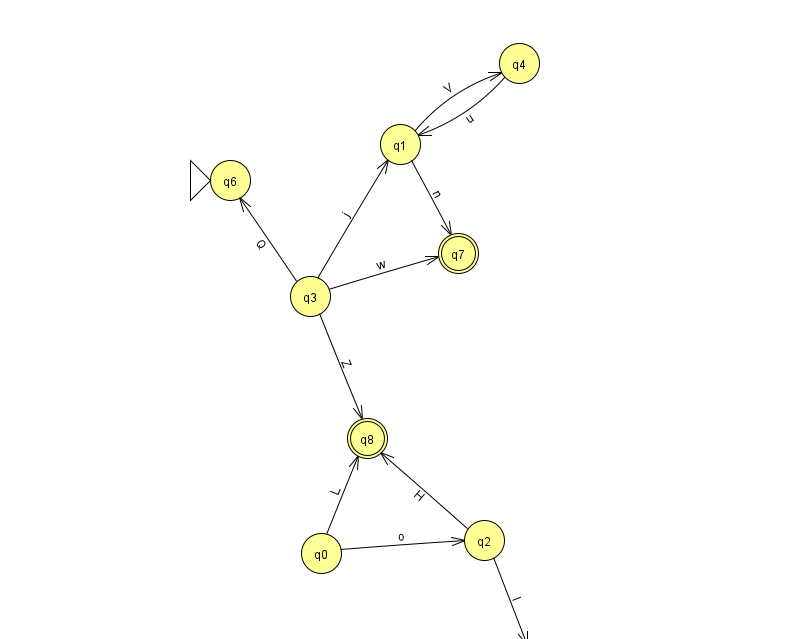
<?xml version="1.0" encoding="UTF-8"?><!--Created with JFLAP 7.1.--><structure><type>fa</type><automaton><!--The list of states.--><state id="0" name="q0"><x>321.0</x><y>540.0</y></state><state id="1" name="q1"><x>400.0</x><y>131.0</y></state><state id="2" name="q2"><x>484.0</x><y>527.0</y></state><state id="3" name="q3"><x>310.0</x><y>283.0</y></state><state id="4" name="q4"><x>519.0</x><y>50.0</y></state><state id="5" name="q5"><x>531.0</x><y>651.0</y></state><state id="6" name="q6"><x>230.0</x><y>167.0</y><initial/></state><state id="7" name="q7"><x>458.0</x><y>240.0</y><final/></state><state id="8" name="q8"><x>367.0</x><y>425.0</y><final/></state><!--The list of transitions.--><transition><from>2</from><to>5</to><read>l</read></transition><transition><from>3</from><to>6</to><read>Q</read></transition><transition><from>0</from><to>2</to><read>o</read></transition><transition><from>2</from><to>8</to><read>H</read></transition><transition><from>3</from><to>7</to><read>w</read></transition><transition><from>3</from><to>8</to><read>Z</read></transition><transition><from>0</from><to>8</to><read>L</read></transition><transition><from>4</from><to>1</to><read>u</read></transition><transition><from>1</from><to>4</to><read>V</read></transition><transition><from>3</from><to>1</to><read>j</read></transition><transition><from>1</from><to>7</to><read>n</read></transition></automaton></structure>